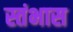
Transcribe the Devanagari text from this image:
स्तंभास